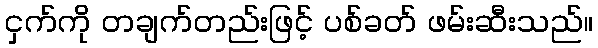
ငှက်ကို တချက်တည်းဖြင့် ပစ်ခတ် ဖမ်းဆီးသည်။